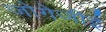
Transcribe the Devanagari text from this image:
जोगेजीई